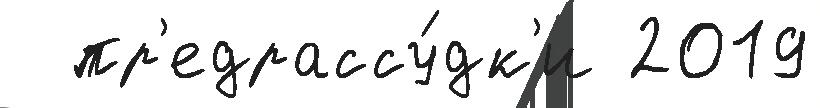
  пр'едрассу́дк'и 2019